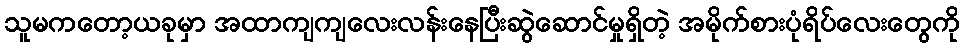
သူမကတော့ယခုမှာ အထာကျကျလေးလန်းနေပြီးဆွဲဆောင်မှုရှိတဲ့ အမိုက်စားပုံရိပ်လေးတွေကို